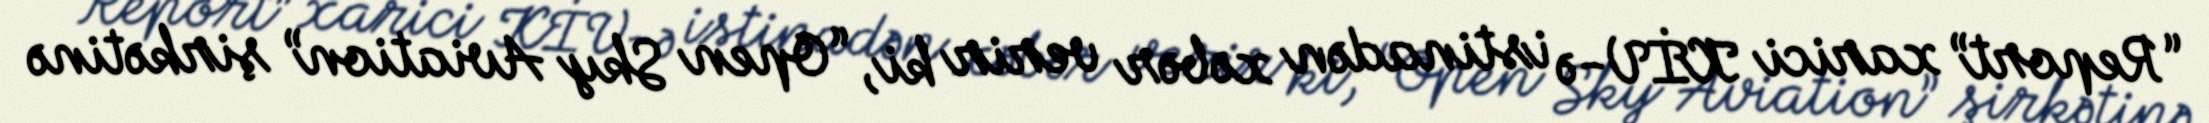
“Report” xarici KİV-ə istinadən xəbər verir ki, “Open Sky Aviation” şirkətinə